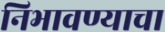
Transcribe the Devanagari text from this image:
निभावण्याचा